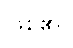
ဖြစ်၏။